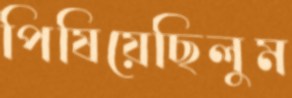
পিষিয়েছিলুম